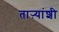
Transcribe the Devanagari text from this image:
ताऱ्यांशी